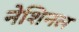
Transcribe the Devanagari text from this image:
नेशिनल